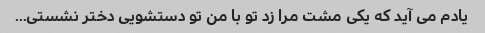
یادم می آید که یکی مشت مرا زد تو با من تو دستشویی دختر نشستی...